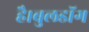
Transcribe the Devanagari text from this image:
है।बुलडॉग